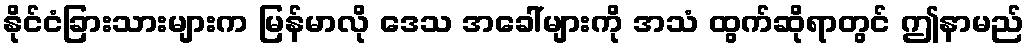
နိုင်ငံခြားသားများက မြန်မာလို ဒေသ အခေါ်များကို အသံ ထွက်ဆိုရာတွင် ဤနာမည်